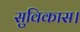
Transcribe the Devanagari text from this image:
सुविकास।